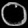
Digit: ၀